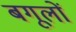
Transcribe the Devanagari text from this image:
बगूलों